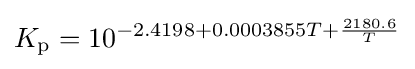
K_{\mathrm {p} }=10^{-2.4198+0.0003855T+{\frac {2180.6}{T}}}